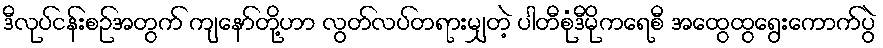
ဒီလုပ်ငန်းစဉ်အတွက် ကျနော်တို့ဟာ လွတ်လပ်တရားမျှတဲ့ ပါတီစုံဒီမိုကရေစီ အထွေထွရွေးကောက်ပွဲ